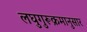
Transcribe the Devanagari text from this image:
लघुगुरूक्रमानुसार